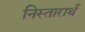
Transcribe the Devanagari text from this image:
निस्तारार्थ